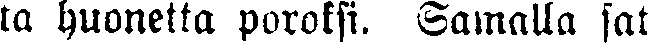
ta huonetta poroksi. Samalla sat